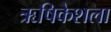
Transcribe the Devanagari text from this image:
ऋषिकेशला